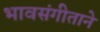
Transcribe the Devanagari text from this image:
भावसंगीताने